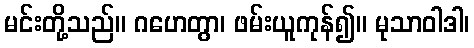
မင်းတို့သည်။ ဂဟေတွာ၊ ဖမ်းယူကုန်၍။ မုသာဝါဒါ၊